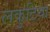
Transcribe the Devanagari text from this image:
लकुटिया